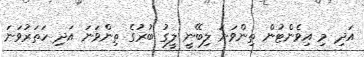
އަދި މި އިވެންޓުން ތިންވަނަ ލިބޭނީ ލީގު ބުރުގެ ތިންވަނަ އަދި ހަތަރުވަނަ